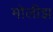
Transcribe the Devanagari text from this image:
मोलीझ